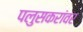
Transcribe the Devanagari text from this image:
पलुसकरांवर